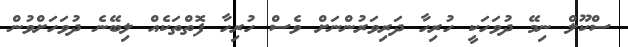
ސްކޫލް ނިމޭ ދުވަހަކީ ހުރިހާ ދަރިވަރުންނަށް ވެސް ހުރިހާ ފޮތްތަކެއް ލިބޭނެ ދުވަހަށްވުން